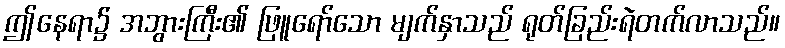
ဤနေရာ၌ အဘွားကြီး၏ ဖြူရော်သော မျက်နှာသည် ရုတ်ခြည်းရဲတက်လာသည်။